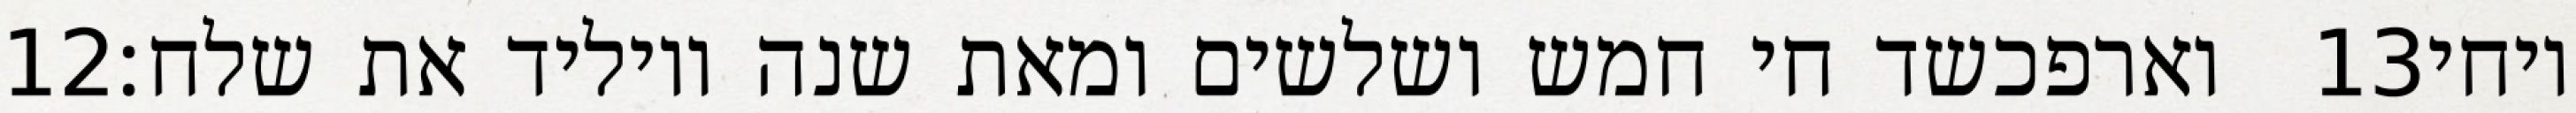
‎12‏ וארפכשד חי חמש ושלשים ומאת שנה ויוליד את שלח׃ ‎13‏ ויחי